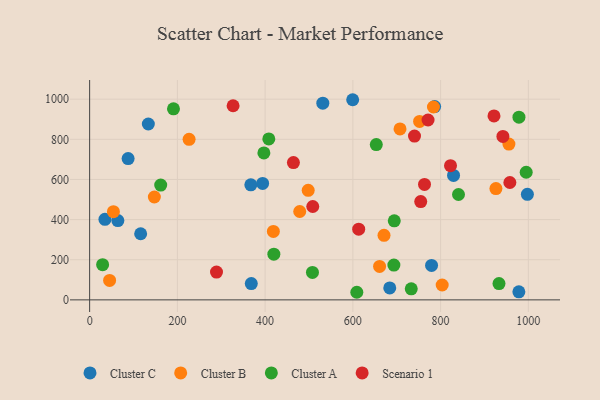
{"axis": {"x": "Speed", "y": "Exam Score"}, "legend": ["Cluster A", "Cluster B", "Cluster C", "Scenario 1"], "data": [{"x": "997.8", "y": 525.7, "type": "Cluster C"}, {"x": "34.9", "y": 401.5, "type": "Cluster C"}, {"x": "978.4", "y": 40.2, "type": "Cluster C"}, {"x": "368.5", "y": 81.2, "type": "Cluster C"}, {"x": "786.4", "y": 963.0, "type": "Cluster C"}, {"x": "684.1", "y": 59.4, "type": "Cluster C"}, {"x": "599.6", "y": 997.3, "type": "Cluster C"}, {"x": "116.3", "y": 329.4, "type": "Cluster C"}, {"x": "394.3", "y": 580.3, "type": "Cluster C"}, {"x": "133.8", "y": 876.4, "type": "Cluster C"}, {"x": "64.3", "y": 394.9, "type": "Cluster C"}, {"x": "829.5", "y": 620.3, "type": "Cluster C"}, {"x": "531.5", "y": 980.3, "type": "Cluster C"}, {"x": "367.4", "y": 573.1, "type": "Cluster C"}, {"x": "779.4", "y": 171.7, "type": "Cluster C"}, {"x": "87.7", "y": 704.0, "type": "Cluster C"}, {"x": "54.2", "y": 439.6, "type": "Cluster B"}, {"x": "660.9", "y": 166.6, "type": "Cluster B"}, {"x": "671.0", "y": 321.8, "type": "Cluster B"}, {"x": "752.1", "y": 889.2, "type": "Cluster B"}, {"x": "803.6", "y": 74.0, "type": "Cluster B"}, {"x": "498.2", "y": 545.6, "type": "Cluster B"}, {"x": "147.5", "y": 512.6, "type": "Cluster B"}, {"x": "418.8", "y": 341.2, "type": "Cluster B"}, {"x": "226.7", "y": 800.2, "type": "Cluster B"}, {"x": "955.7", "y": 776.5, "type": "Cluster B"}, {"x": "478.9", "y": 440.2, "type": "Cluster B"}, {"x": "783.7", "y": 961.0, "type": "Cluster B"}, {"x": "707.5", "y": 851.6, "type": "Cluster B"}, {"x": "45.5", "y": 96.8, "type": "Cluster B"}, {"x": "926.1", "y": 554.7, "type": "Cluster B"}, {"x": "408.4", "y": 801.9, "type": "Cluster A"}, {"x": "933.1", "y": 81.3, "type": "Cluster A"}, {"x": "191.1", "y": 951.8, "type": "Cluster A"}, {"x": "995.1", "y": 636.0, "type": "Cluster A"}, {"x": "397.2", "y": 732.2, "type": "Cluster A"}, {"x": "609.0", "y": 37.8, "type": "Cluster A"}, {"x": "162.0", "y": 572.1, "type": "Cluster A"}, {"x": "507.9", "y": 136.5, "type": "Cluster A"}, {"x": "840.8", "y": 525.0, "type": "Cluster A"}, {"x": "653.4", "y": 773.9, "type": "Cluster A"}, {"x": "419.9", "y": 227.7, "type": "Cluster A"}, {"x": "29.6", "y": 175.1, "type": "Cluster A"}, {"x": "733.1", "y": 55.1, "type": "Cluster A"}, {"x": "978.6", "y": 910.1, "type": "Cluster A"}, {"x": "694.4", "y": 393.7, "type": "Cluster A"}, {"x": "693.5", "y": 173.5, "type": "Cluster A"}, {"x": "957.9", "y": 584.7, "type": "Scenario 1"}, {"x": "613.3", "y": 352.1, "type": "Scenario 1"}, {"x": "464.5", "y": 684.2, "type": "Scenario 1"}, {"x": "289.2", "y": 138.7, "type": "Scenario 1"}, {"x": "942.0", "y": 814.6, "type": "Scenario 1"}, {"x": "327.0", "y": 967.3, "type": "Scenario 1"}, {"x": "921.7", "y": 916.7, "type": "Scenario 1"}, {"x": "740.5", "y": 816.4, "type": "Scenario 1"}, {"x": "822.6", "y": 668.8, "type": "Scenario 1"}, {"x": "508.6", "y": 465.2, "type": "Scenario 1"}, {"x": "763.3", "y": 575.3, "type": "Scenario 1"}, {"x": "754.7", "y": 489.7, "type": "Scenario 1"}, {"x": "771.4", "y": 896.2, "type": "Scenario 1"}]}